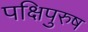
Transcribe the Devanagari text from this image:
पक्षिपुरुष